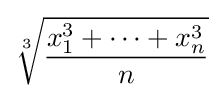
{\sqrt[{3}]{\frac {x_{1}^{3}+\dots +x_{n}^{3}}{n}}}